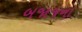
બજાજના